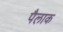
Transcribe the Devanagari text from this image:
पैलाक